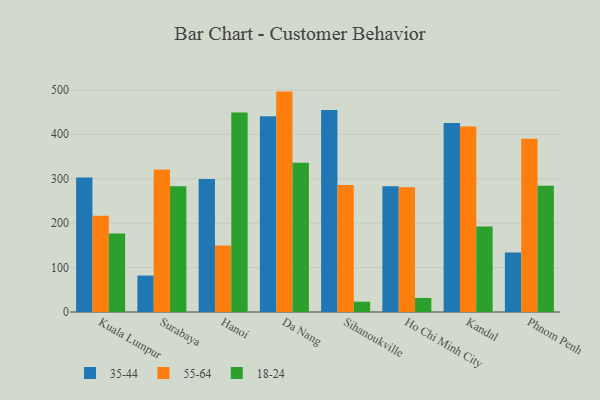
{"axis": {"x": "City", "y": "Active Users"}, "legend": ["18-24", "35-44", "55-64"], "data": [{"x": "Kuala Lumpur", "y": 302.7, "type": "35-44"}, {"x": "Kuala Lumpur", "y": 216.7, "type": "55-64"}, {"x": "Kuala Lumpur", "y": 176.5, "type": "18-24"}, {"x": "Surabaya", "y": 82.0, "type": "35-44"}, {"x": "Surabaya", "y": 321.0, "type": "55-64"}, {"x": "Surabaya", "y": 283.1, "type": "18-24"}, {"x": "Hanoi", "y": 299.2, "type": "35-44"}, {"x": "Hanoi", "y": 149.7, "type": "55-64"}, {"x": "Hanoi", "y": 449.1, "type": "18-24"}, {"x": "Da Nang", "y": 440.5, "type": "35-44"}, {"x": "Da Nang", "y": 496.1, "type": "55-64"}, {"x": "Da Nang", "y": 336.0, "type": "18-24"}, {"x": "Sihanoukville", "y": 454.9, "type": "35-44"}, {"x": "Sihanoukville", "y": 285.7, "type": "55-64"}, {"x": "Sihanoukville", "y": 23.3, "type": "18-24"}, {"x": "Ho Chi Minh City", "y": 283.3, "type": "35-44"}, {"x": "Ho Chi Minh City", "y": 280.6, "type": "55-64"}, {"x": "Ho Chi Minh City", "y": 31.7, "type": "18-24"}, {"x": "Kandal", "y": 425.6, "type": "35-44"}, {"x": "Kandal", "y": 417.5, "type": "55-64"}, {"x": "Kandal", "y": 192.3, "type": "18-24"}, {"x": "Phnom Penh", "y": 134.2, "type": "35-44"}, {"x": "Phnom Penh", "y": 389.9, "type": "55-64"}, {"x": "Phnom Penh", "y": 284.2, "type": "18-24"}]}